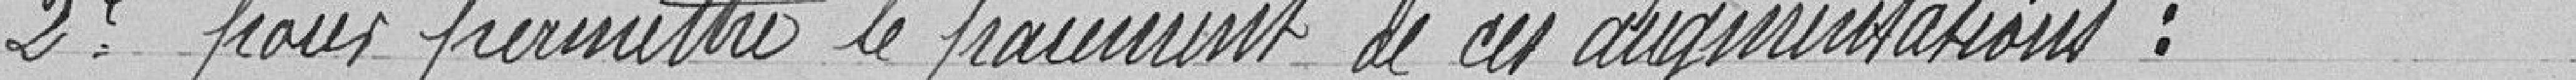
2e. pour permettre le paiement de ces augmentations :